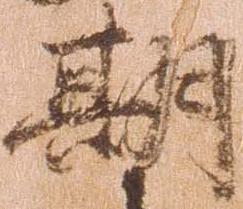
期